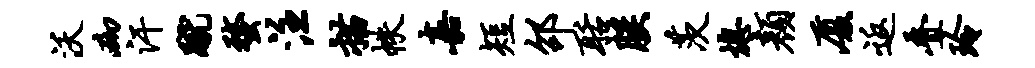
沃砌汗蹴蝥注描帙嘉短邵聒朕茨熄颜厦返叠玲